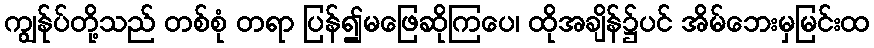
ကျွန်ုပ်တို့သည် တစ်စုံ တရာ ပြန်၍မဖြေဆိုကြပေ၊ ထိုအချိန်၌ပင် အိမ်ဘေးမှမြင်းထ